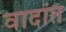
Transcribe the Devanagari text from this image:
वादांत